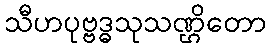
သီဟပုဗ္ဗဒ္ဓသုသဏ္ဌိတော